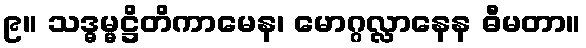
၉။ သဒ္ဓမ္မဋ္ဌိတိကာမေန၊ မောဂ္ဂလ္လာနေန ဓီမတာ။